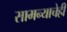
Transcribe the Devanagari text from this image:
सामन्याचेही